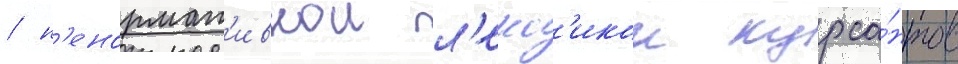
/ н'енормат'ивнои л'екс'икои курса́нтов